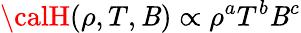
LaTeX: {\calH}(\rho,T,\mathit{B})\propto\rho^{a}T^{b}\mathit{B}^{c}